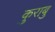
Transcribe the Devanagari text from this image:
कुराबु